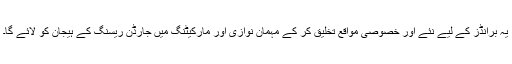
یہ برانڈز کے لیے نئے اور خصوصی مواقع تخلیق کر کے مہمان نوازی اور مارکیٹنگ میں جارڈن ریسنگ کے ہیجان کو لائے گا۔